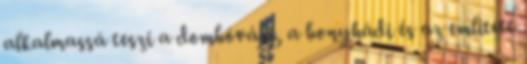
alkalmassá teszi a dombóvári, a bonyhádi és az említett